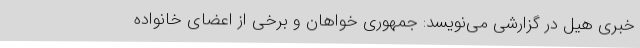
خبری هیل در گزارشی می‌نویسد: جمهوری خواهان و برخی از اعضای خانواده